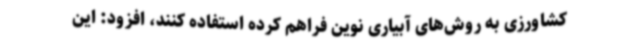
کشاورزی به روش‌های آبیاری نوین فراهم کرده استفاده کنند، افزود: این